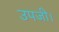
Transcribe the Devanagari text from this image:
उपजी।